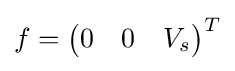
f={\begin{pmatrix}0&0&V_{s}\end{pmatrix}}^{T}